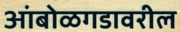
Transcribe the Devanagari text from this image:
आंबोळगडावरील